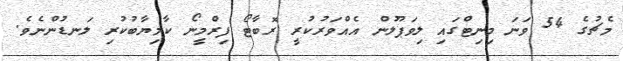
މެޗުގެ 54 ވަނަ މިނިޓްގައި ލިވަޕޫލުން އެއްވަރުކުރީ ރޮބާޓޯ ފިރްމީނޯ ކާމިޔާބުކުރި ލަނޑުންނެވެ.